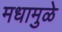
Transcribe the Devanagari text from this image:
मधामुळे